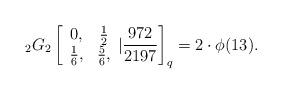
LaTeX: \begin{align*} _{2}G_{2}\left[\begin{array}{cc} 0, & \frac{1}{2} \\ \frac{1}{6}, & \frac{5}{6}, \end{array}|\frac{972}{2197}\right]_q=2\cdot \phi(13).\end{align*}